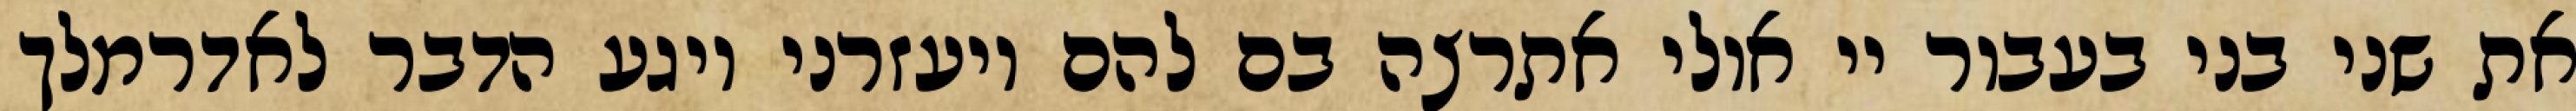
את שני בני בעבור יי אולי אתרצה בם להם ויעזרני ויגע הדבר לאדרמלך